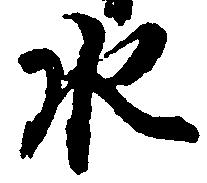
水